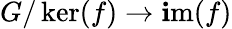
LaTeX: G/\ker(f)\to\operatorname{\mathbf{i}m}(f)